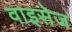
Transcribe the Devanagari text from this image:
वाइसेज